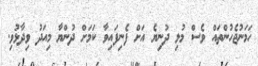
ހަމަނުޖެހުންތައް ވެސް މުޅި ދުނިޔެ އަށް ފެނިފައިވާ ކަމަށް ދުންޔާ މިއަދު ވިދާޅުވި.